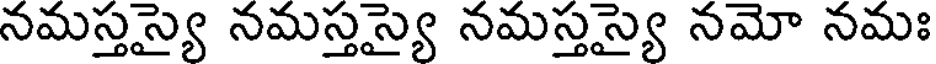
నమస్తస్యై నమస్తస్యై నమస్తస్యై నమో నమః